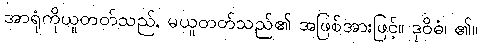
အာရုံကိုယူတတ်သည်, မယူတတ်သည်၏ အဖြစ်အားဖြင့်။ ဒုဝိဓံ၊ ၏။